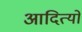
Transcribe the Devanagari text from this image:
आदित्यो